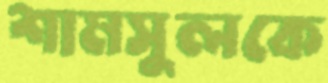
শামসুলকে